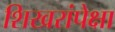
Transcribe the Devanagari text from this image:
शिखरांपेक्षा